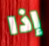
إذا